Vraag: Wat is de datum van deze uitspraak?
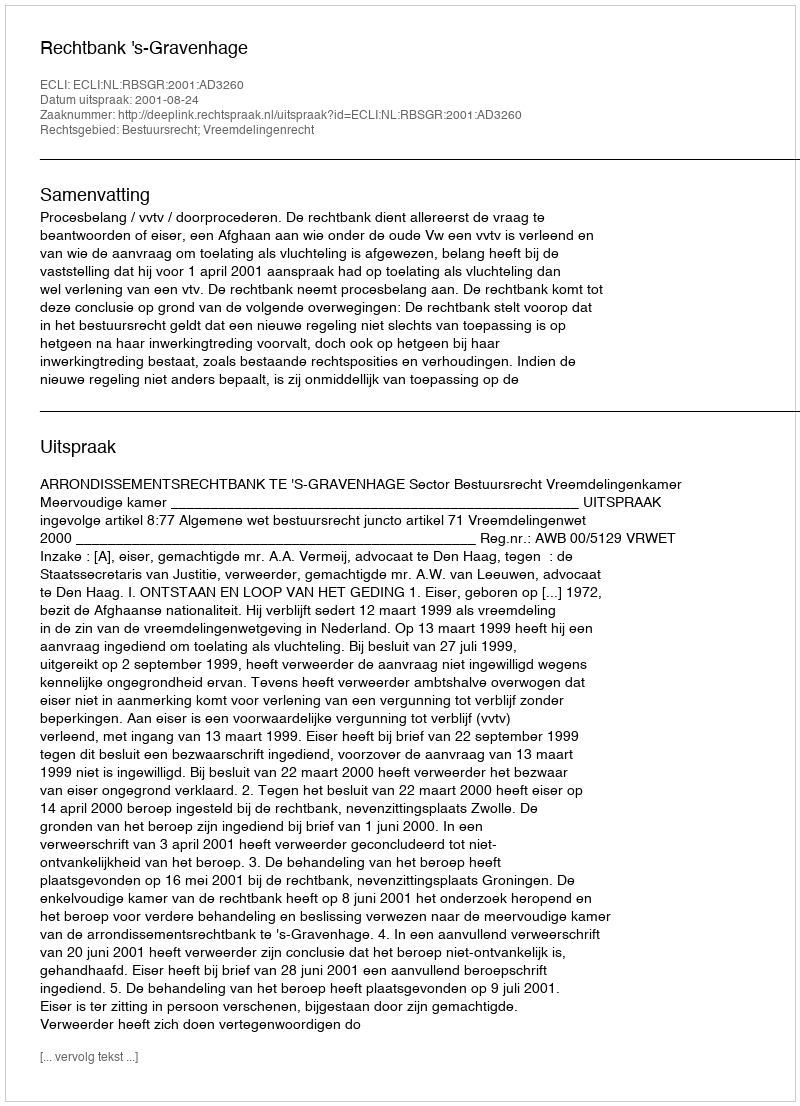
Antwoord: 2001-08-24